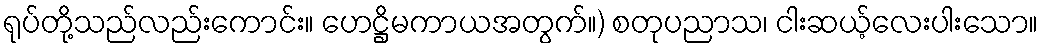
ရုပ်တို့သည်လည်းကောင်း။ ဟေဋ္ဌိမကာယအတွက်။) စတုပညာသ၊ ငါးဆယ့်လေးပါးသော။